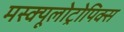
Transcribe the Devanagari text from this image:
मस्क्यूलोट्रोपिक्स